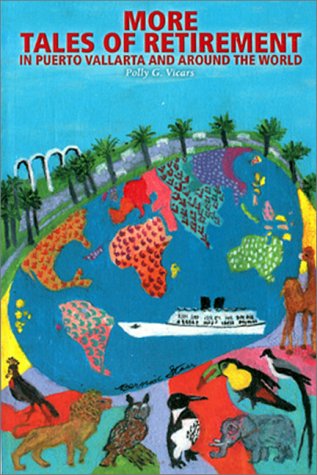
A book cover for More Tales of Retirement in Puerto Vallarta and Around the World; Polly G. Vicars; Travel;